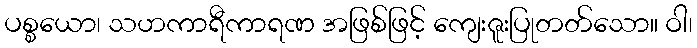
ပစ္စယော၊ သဟကာရီကာရဏ အဖြစ်ဖြင့် ကျေးဇူးပြုတတ်သော။ ဝါ၊